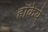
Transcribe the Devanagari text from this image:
हॉकेये